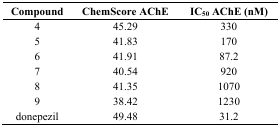
<table><thead><tr><td><b>Compound</b></td><td><b>ChemScore AChE</b></td><td><b>IC<sub>50</sub> AChE (nM)</b></td></tr></thead><tbody><tr><td>4</td><td>45.29</td><td>330</td></tr><tr><td>5</td><td>41.83</td><td>170</td></tr><tr><td>6</td><td>41.91</td><td>87.2</td></tr><tr><td>7</td><td>40.54</td><td>920</td></tr><tr><td>8</td><td>41.35</td><td>1070</td></tr><tr><td>9</td><td>38.42</td><td>1230</td></tr><tr><td>donepezil</td><td>49.48</td><td>31.2</td></tr></tbody></table>